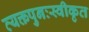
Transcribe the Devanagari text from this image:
त्यक्तपुनःस्वीकृत